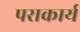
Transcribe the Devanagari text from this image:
पराकार्य